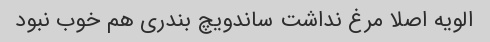
الویه اصلا مرغ نداشت ساندویچ بندری هم خوب نبود